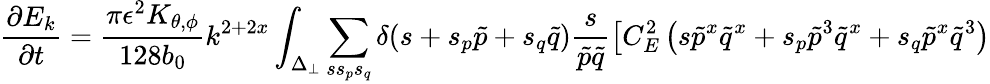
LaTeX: \frac{\partial E_{k}}{\partial t}=\frac{\pi\epsilon^{2}K_{\theta,\phi}}{128b_{0}}k^{2+2x}\int_{\Delta_{\perp}}\sum_{ss_{p}s_{q}}\delta(s+s_{p}\tilde{p}+s_{q}\tilde{q})\frac{s}{\tilde{p}\tilde{q}}\left[C_{E}^{2}\left(s{\tilde{p}}^{x}{\tilde{q}}^{x}+s_{p}{\tilde{p}}^{3}{\tilde{q}}^{x}+s_{q}{\tilde{p}}^{x}{\tilde{q}}^{3}\right)\right.